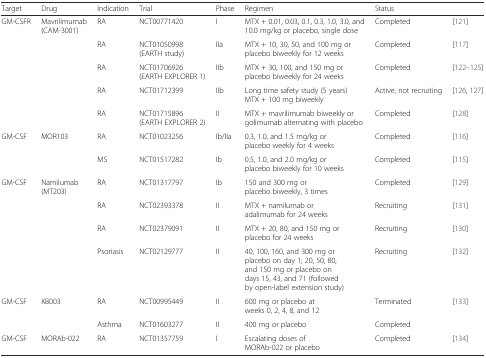
<table><thead><tr><td><b>Target</b></td><td><b>Drug</b></td><td><b>Indication</b></td><td><b>Trial</b></td><td><b>Phase</b></td><td><b>Regimen</b></td><td><b>Status</b></td><td></td></tr></thead><tbody><tr><td rowspan="5">GM-CSFR</td><td rowspan="5">Mavrilimumab (CAM-3001)</td><td>RA</td><td>NCT00771420</td><td>I</td><td>MTX + 0.01, 0.03, 0.1, 0.3, 1.0, 3.0, and 10.0 mg/kg or placebo, single dose</td><td>Completed</td><td>[121]</td></tr><tr><td>RA</td><td>NCT01050998 (EARTH study)</td><td>IIa</td><td>MTX + 10, 30, 50, and 100 mg or placebo biweekly for 12 weeks</td><td>Completed</td><td>[117]</td></tr><tr><td>RA</td><td>NCT01706926 (EARTH EXPLORER 1)</td><td>IIb</td><td>MTX + 30, 100, and 150 mg or placebo biweekly for 24 weeks</td><td>Completed</td><td>[122–125]</td></tr><tr><td>RA</td><td>NCT01712399</td><td>IIb</td><td>Long time safety study (5 years) MTX + 100 mg biweekly</td><td>Active, not recruiting</td><td>[126, 127]</td></tr><tr><td>RA</td><td>NCT01715896 (EARTH EXPLORER 2)</td><td>II</td><td>MTX + mavrilimumab biweekly or golimumab alternating with placebo</td><td>Completed</td><td>[128]</td></tr><tr><td rowspan="2">GM-CSF</td><td rowspan="2">MOR103</td><td>RA</td><td>NCT01023256</td><td>Ib/IIa</td><td>0.3, 1.0, and 1.5 mg/kg or placebo weekly for 4 weeks</td><td>Completed</td><td>[116]</td></tr><tr><td>MS</td><td>NCT01517282</td><td>Ib</td><td>0.5, 1.0, and 2.0 mg/kg or placebo biweekly for 10 weeks</td><td>Completed</td><td>[115]</td></tr><tr><td rowspan="4">GM-CSF</td><td rowspan="4">Namilumab (MT203)</td><td>RA</td><td>NCT01317797</td><td>Ib</td><td>150 and 300 mg or placebo biweekly, 3 times</td><td>Completed</td><td>[129]</td></tr><tr><td>RA</td><td>NCT02393378</td><td>II</td><td>MTX + namilumab or adalimumab for 24 weeks</td><td>Recruiting</td><td>[131]</td></tr><tr><td>RA</td><td>NCT02379091</td><td>II</td><td>MTX + 20, 80, and 150 mg or placebo for 24 weeks</td><td>Recruiting</td><td>[130]</td></tr><tr><td>Psoriasis</td><td>NCT02129777</td><td>II</td><td>40, 100, 160, and 300 mg or placebo on day 1; 20, 50, 80, and 150 mg or placebo on days 15, 43, and 71 (followed by open-label extension study)</td><td>Recruiting</td><td>[132]</td></tr><tr><td rowspan="2">GM-CSF</td><td rowspan="2">KB003</td><td>RA</td><td>NCT00995449</td><td>II</td><td>600 mg or placebo at weeks 0, 2, 4, 8, and 12</td><td>Terminated</td><td>[133]</td></tr><tr><td>Asthma</td><td>NCT01603277</td><td>II</td><td>400 mg or placebo</td><td>Completed</td><td></td></tr><tr><td>GM-CSF</td><td>MORAb-022</td><td>RA</td><td>NCT01357759</td><td>I</td><td>Escalating doses of MORAb-022 or placebo</td><td>Completed</td><td>[134]</td></tr></tbody></table>